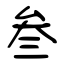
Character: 叁